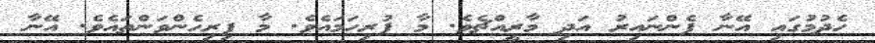
ހެދުމުގައި އޭނާ ފެންނައިރު އަދި މާރީއްޗެވެ. މާ ފުރިހަމައެވެ. މާ ފިރިހެންވަންތައެވެ. އޭނާ